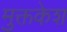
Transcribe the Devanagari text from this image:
मुक्तकेश